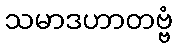
သမာဒဟာတဗ္ဗံ